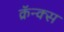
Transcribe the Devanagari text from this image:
क्रॅन्क्स